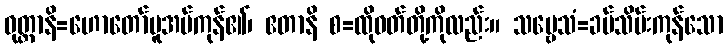
ဝုတ္တာနိ=ဟောတော်မူအပ်ကုန်၏၊ ဧတာနိ စ=ထိုဝတ်တို့ကိုလည်း။ သဗ္ဗေသံ=ခပ်သိမ်းကုန်သော